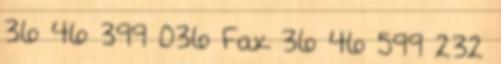
36 46 399 036 Fax 36 46 599 232